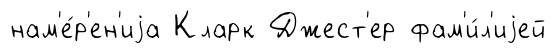
нам'е́р'ен'иjа Кларк Джест'ер фам'и́л'иjей